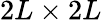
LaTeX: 2L\times 2L